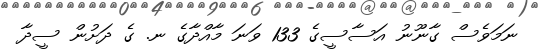
ނަމަވެސް ގާނޫނު އަސާސީގެ 133 ވަނަ މާއްދާގެ ނ. ގެ ދަށުން ސީދާ